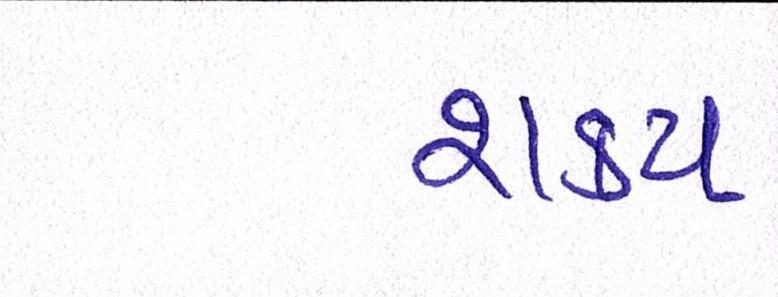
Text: શક્ય